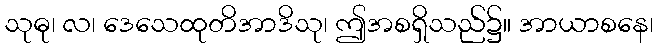
သုဓု၊ လ၊ ဒေသေထုတိအာဒိသု၊ ဤအစရှိသည်၌။ အာယာစနေ၊